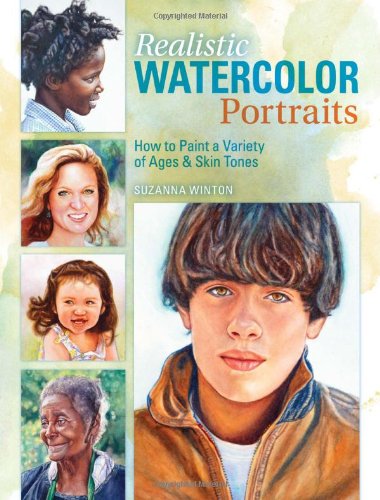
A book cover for Realistic Watercolor Portraits: How to Paint a Variety of Ages and Ethnicities; Suzanna Winton; Arts & Photography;